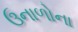
ઉનાળોના